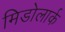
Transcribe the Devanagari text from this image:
मिडोलार्क